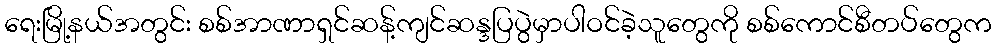
ရေးမြို့နယ်အတွင်း စစ်အာဏာရှင်ဆန့်ကျင်ဆန္ဒပြပွဲမှာပါဝင်ခဲ့သူတွေကို စစ်ကောင်စီတပ်တွေက